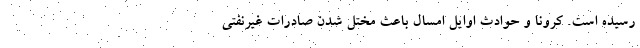
رسیده است. کرونا و حوادث اوایل امسال باعث مختل شدن صادرات غیرنفتی